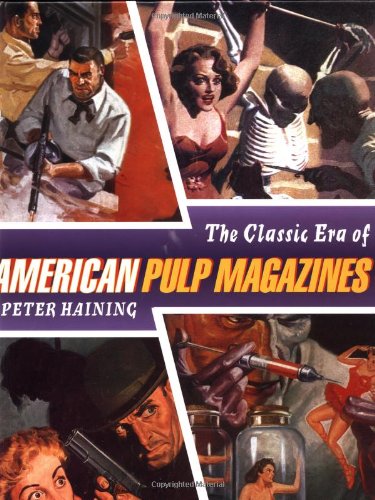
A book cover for The Classic Era of American Pulp Magazines; Peter Haining; Crafts, Hobbies & Home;